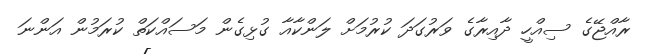
ރާއްޖޭގެ ސިއްހީ ދާއިރާގެ ވަރުގަދަ ކުރުމަށް ލަންކާއާ ގުޅިގެން މަސައްކަތް ކުރަމުން އަންނަ